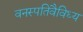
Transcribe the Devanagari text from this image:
वनस्पतिवैविध्य